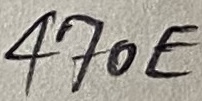
Text: 470E